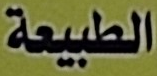
الطبيعة